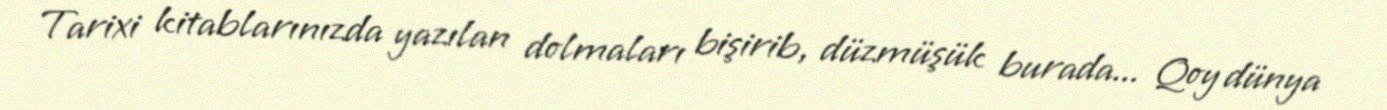
Tarixi kitablarınızda yazılan dolmaları bişirib, düzmüşük burada... Qoy dünya